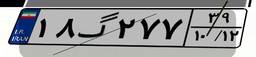
۱۸گ۲۷۷۳۹